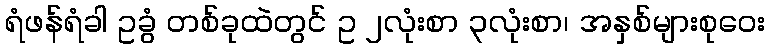
ရံဖန်ရံခါ ဥခွံ တစ်ခုထဲတွင် ဥ ၂လုံးစာ ၃လုံးစာ၊ အနှစ်များစုဝေး